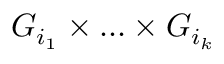
G _ { i _ { 1 } } \times \ldots \times G _ { i _ { k } }